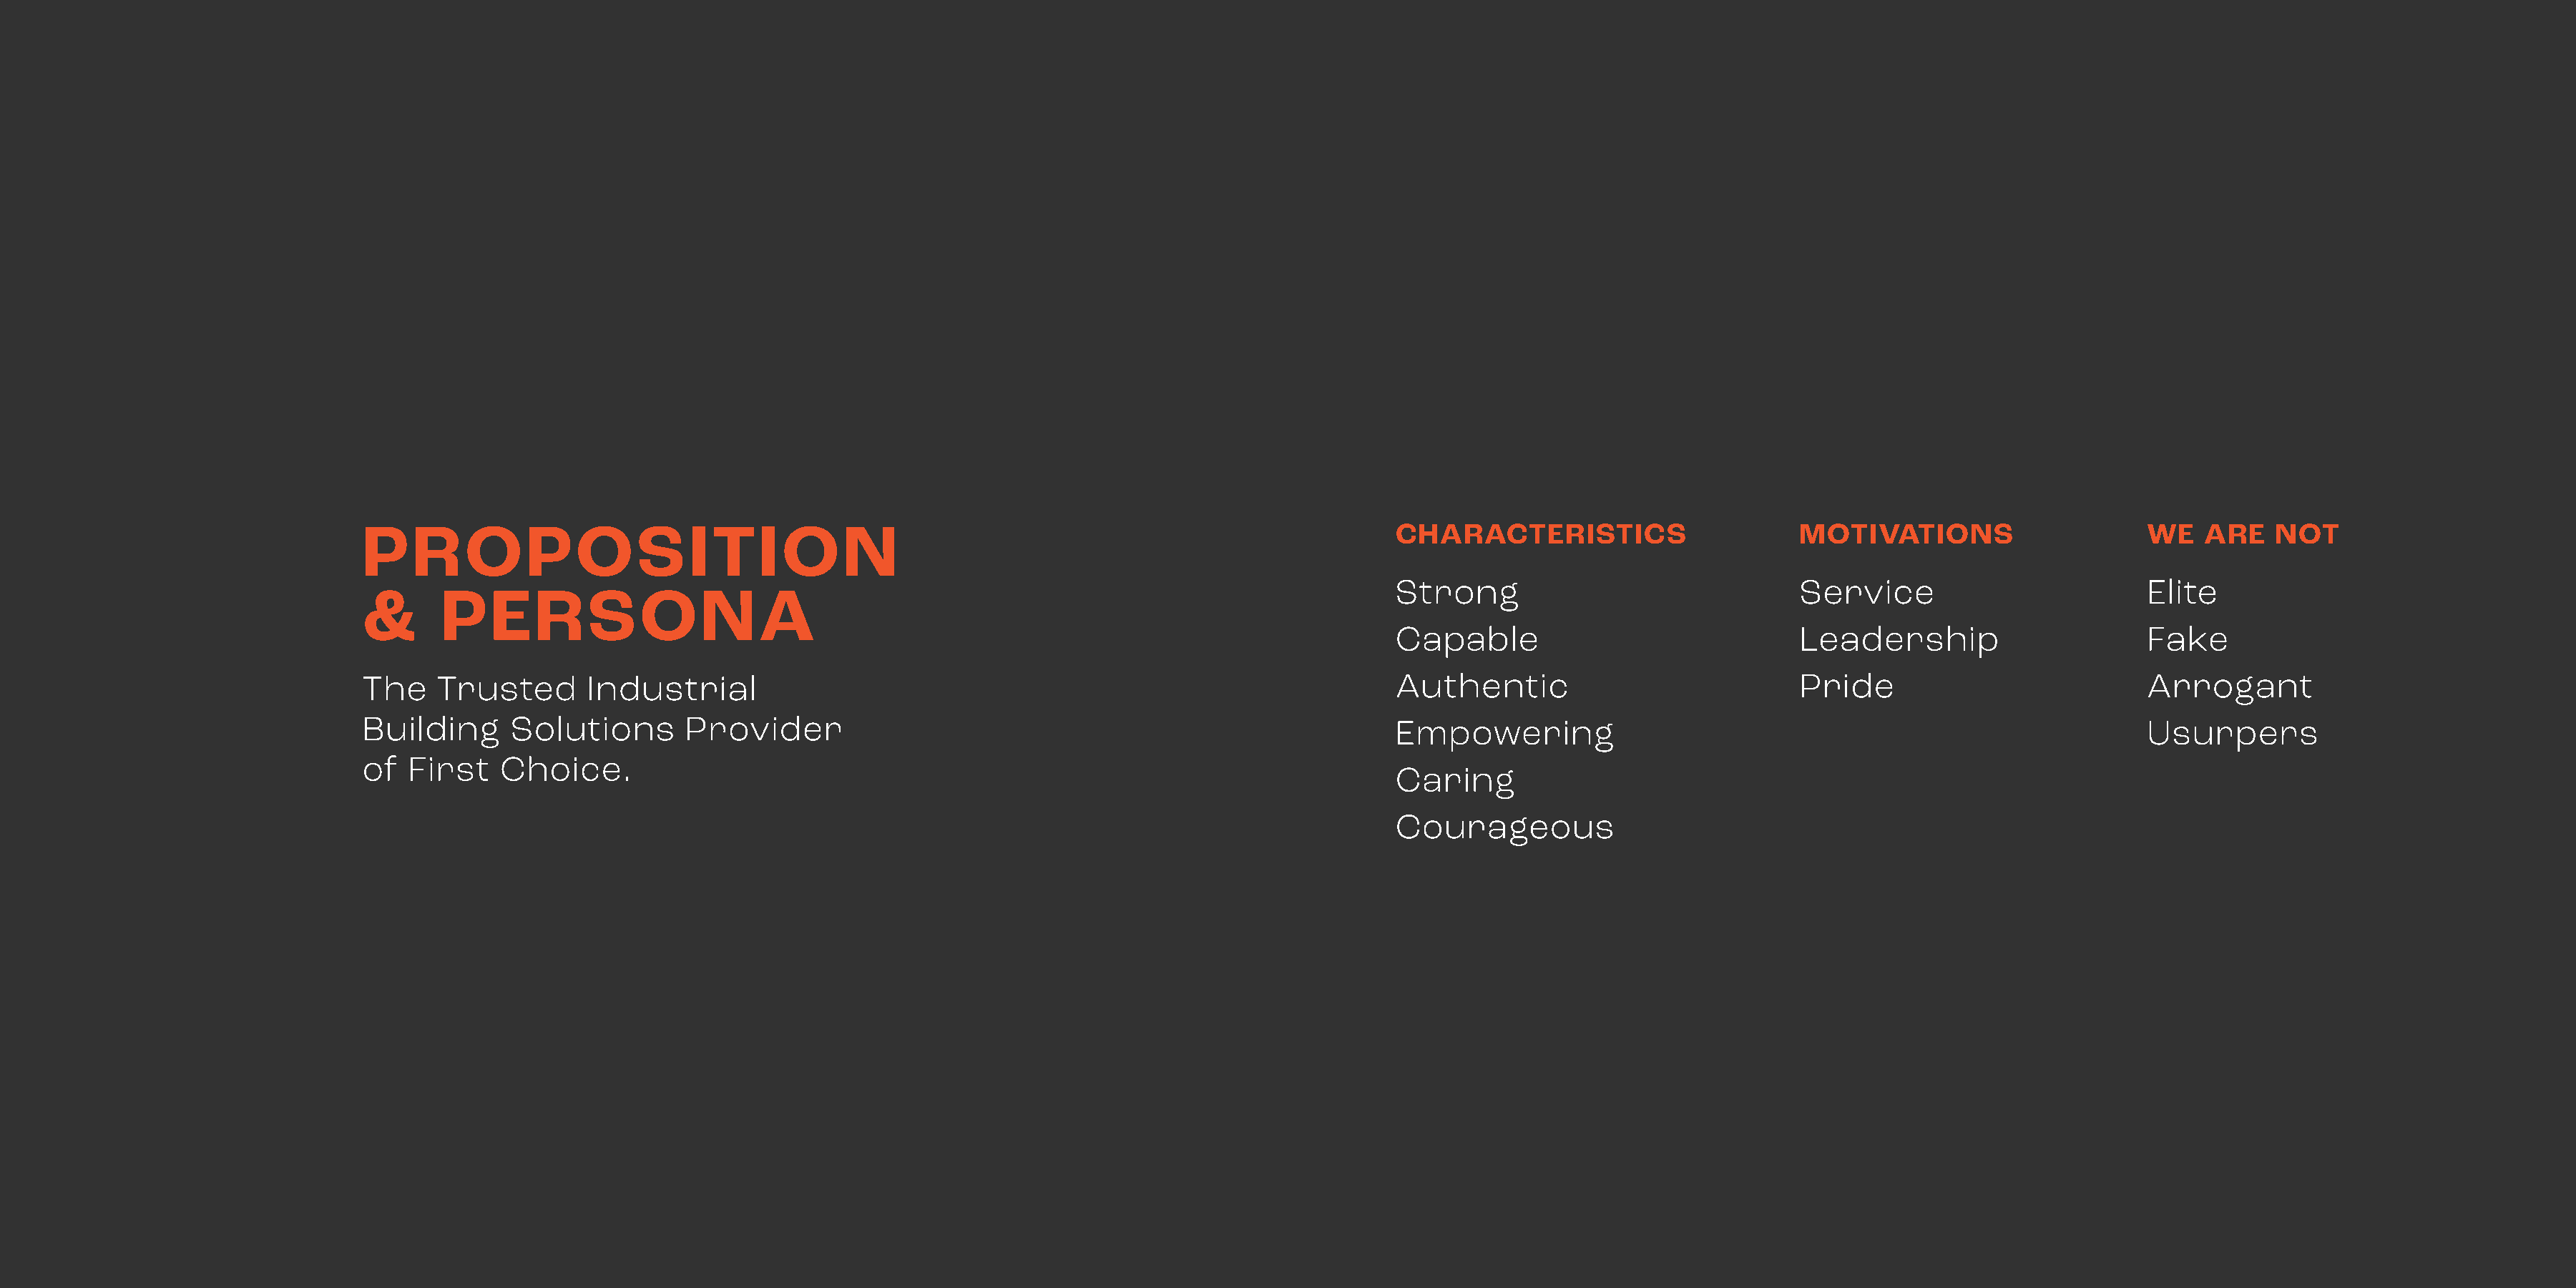
PROPOSITION                                                                                    CHARACTERISTICS                      MOTIVATIONS                      WE   ARE    NOT
 Strong                               Service                          Elite
 &      PERSONA
 Capable                              Leadership                       Fake
 The   Trusted       Industrial                                                                 Authentic                            Pride                            Arrogant
 Building     Solutions       Provider                                                          Empowering                                                            Usurpers
 of  First   Choice.
 Caring
 Courageous